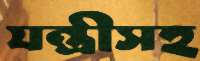
যন্ত্রীসহ